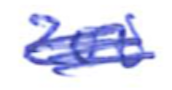
Text: 200
Cross-out: scratch
Writing tool: ballpoint